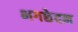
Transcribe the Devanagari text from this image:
भगछेदन